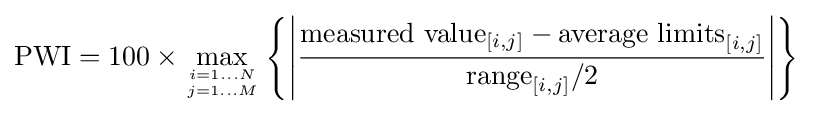
{\text{PWI}}=100\times \max _{i=1\dots N \atop j=1\dots M}\left\{\left|{\frac {{\text{measured value}}_{[i,j]}-{\text{average limits}}_{[i,j]}}{{\text{range}}_{[i,j]}/2}}\right|\right\}